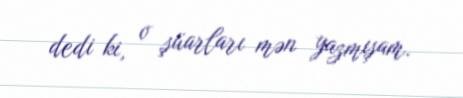
dedi ki, o şüarları mən yazmışam.